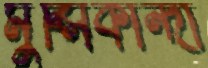
মুন্সিকান্দা